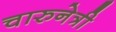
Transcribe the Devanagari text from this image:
चारुनेत्री